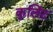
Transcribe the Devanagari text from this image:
कुलिंट